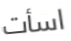
اسأت